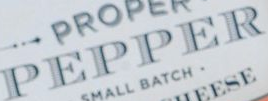
PEPPER